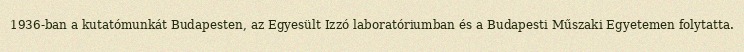
1936-ban a kutatómunkát Budapesten, az Egyesült Izzó laboratóriumban és a Budapesti Műszaki Egyetemen folytatta.